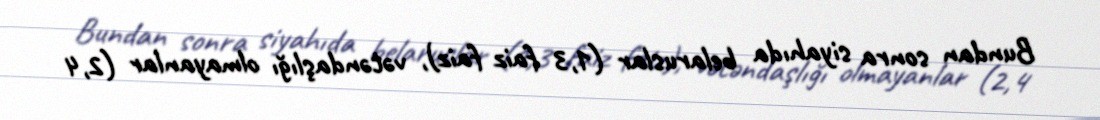
Bundan sonra siyahıda belaruslar (1,3 faiz faiz), vətəndaşlığı olmayanlar (2,4